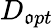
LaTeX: D_{\mathfrak{o}pt}